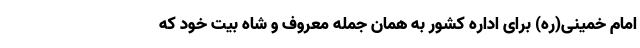
امام خمینی(ره) برای اداره کشور به همان جمله معروف و شاه بیت خود که